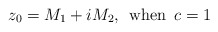
\begin{align*}z_0 = M_1 + iM_2 {\rm, \hskip 0.2cm when \hskip 0.2 cm} c = 1\end{align*}